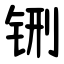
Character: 铏